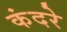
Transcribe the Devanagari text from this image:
कंदरे